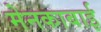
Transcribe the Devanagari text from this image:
मेनकाबाई